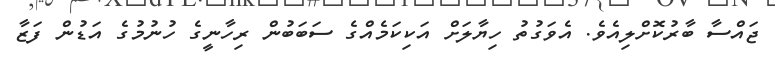
ޖައްސާ ބާރުކޮށްލިއެވެ. އެވަގުތު ހިޔާލަށް އަކިކަމެއްގެ ސަބަބުން ރިހާނީގެ ހުނުމުގެ އަޑުން ފަޒާ